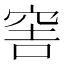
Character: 𥥭